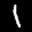
Label: 1